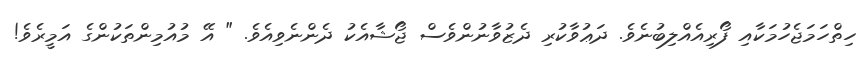
ހިތްހަމަޖެހުމަކާއި ފޯރިއެއްލިބުނެވެ. ދަޢުވާކުރި ދެޒުވާނުންވެސް ޖޯޝާއެކު ދެންނެވިއެވެ. " އޭ މުއުމިންތަކުންގެ އަމީރެވެ!